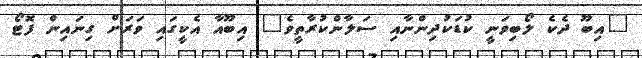
"އިބޫ ދެކެ ލޯބިވަނީ ކުޑަކުދިންނާއި ސަލާންކުރާތީވެ" އިބޫއާ އެކީގައި ވަރަށް ގިނައިން ފޮޓޯ